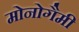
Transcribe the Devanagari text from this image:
मोनोगैमी